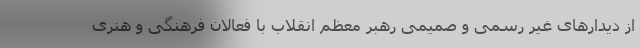
از دیدارهای غیر رسمی و صمیمی رهبر معظم انقلاب با فعالان فرهنگی و هنری